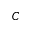
C